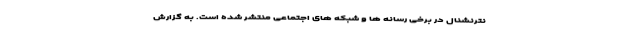
نترنشنال در برخی رسانه ها و شبکه های اجتماعی منتشر شده است. به گزارش